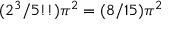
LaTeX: ( 2 ^ { 3 } / 5 ! ! ) \pi ^ { 2 } = ( 8 / 1 5 ) \pi ^ { 2 }